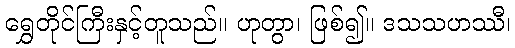
ရွှေတိုင်ကြီးနှင့်တူသည်။ ဟုတွာ၊ ဖြစ်၍။ ဒသသဟဿီ၊